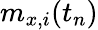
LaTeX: m_{x,i}(t_{n})